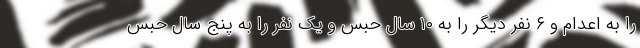
را به اعدام و ۶ نفر دیگر را به ۱۰ سال حبس و یک نفر را به پنج سال حبس